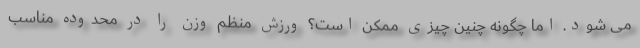
می شود. اما چگونه چنین چیزی ممکن است؟ ورزش منظم وزن را در محدوده مناسب